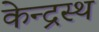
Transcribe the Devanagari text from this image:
केन्द्रस्थ